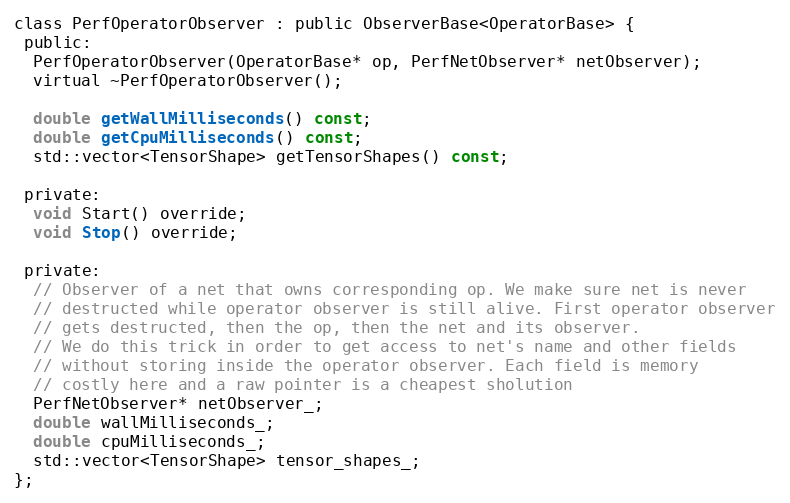
Language: C
class PerfOperatorObserver : public ObserverBase<OperatorBase> {
 public:
  PerfOperatorObserver(OperatorBase* op, PerfNetObserver* netObserver);
  virtual ~PerfOperatorObserver();

  double getWallMilliseconds() const;
  double getCpuMilliseconds() const;
  std::vector<TensorShape> getTensorShapes() const;

 private:
  void Start() override;
  void Stop() override;

 private:
  // Observer of a net that owns corresponding op. We make sure net is never
  // destructed while operator observer is still alive. First operator observer
  // gets destructed, then the op, then the net and its observer.
  // We do this trick in order to get access to net's name and other fields
  // without storing inside the operator observer. Each field is memory
  // costly here and a raw pointer is a cheapest sholution
  PerfNetObserver* netObserver_;
  double wallMilliseconds_;
  double cpuMilliseconds_;
  std::vector<TensorShape> tensor_shapes_;
};